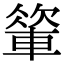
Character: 𨍁